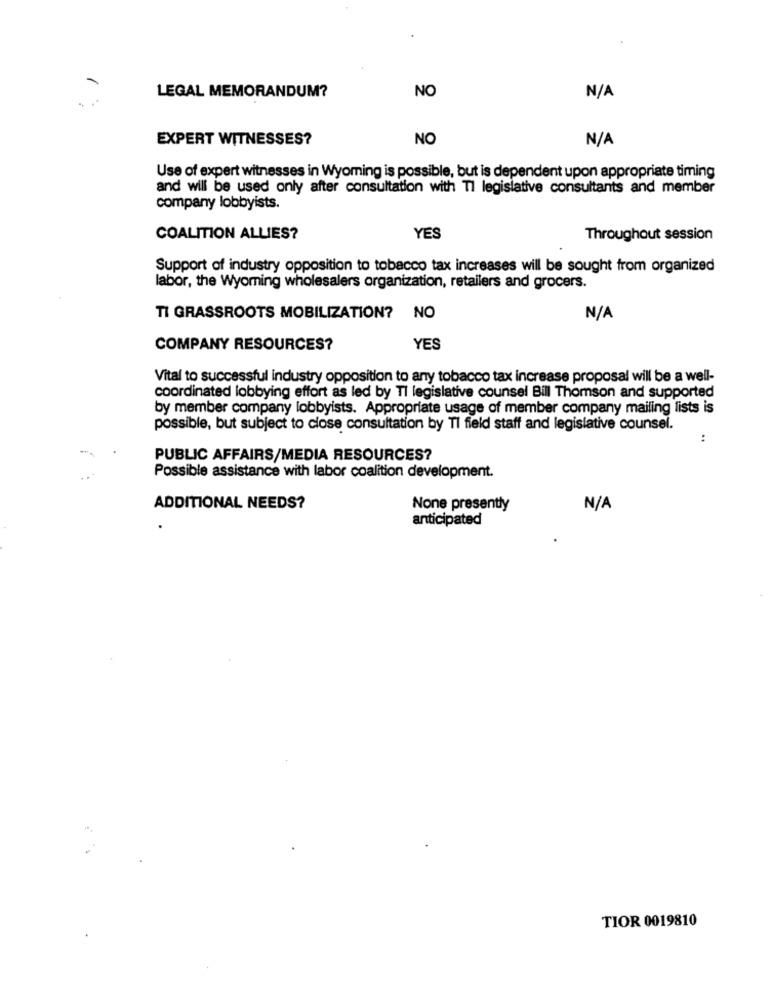
NO
LEGAL MEMORANDUM?
EXPERT WITNESSES?
NO
Use of expert witnesses in Wyoming is possible, but is dependent upon appropriate timing
and will be used only after consultation with Tl legislative consultants and member
company lobbyists.
COALITION ALLIES?
YES
Throughout session
Support of industry opposition to tobacco tax increases will be sought from organized
labor, the Wyoming wholesalers organization, retailers and grocers.
TI GRASSROOTS MOBILIZATION? NO
COMPANY RESOURCES?
YES
Vital to successful industry opposition to any tobacco tax increase proposal will be a well-
coordinated lobbying effort as led by TI legislative counsel Bill Thomson and supported
by member company lobbyists. Appropriate usage of member company mailing lists is
possible, but subject to close consultation by Ti field staff and legislative counsel.
:
PUBLIC AFFAIRS/MEDIA RESOURCES?
Possible assistance with labor coalition development.
ADDITIONAL NEEDS?
None presently
anticipated
TIOR 0019810